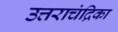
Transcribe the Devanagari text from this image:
उत्तराचंद्रिका